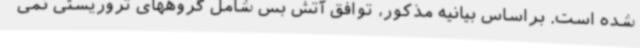
شده است. براساس بیانیه مذکور، توافق آتش بس شامل گروههای تروریستی نمی